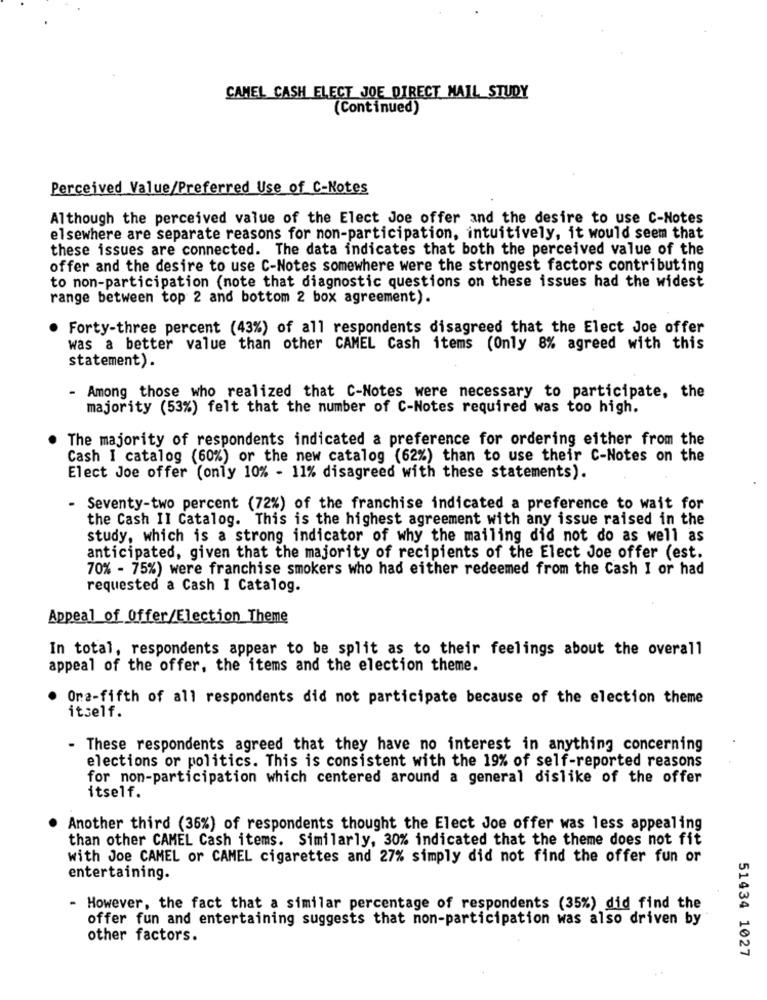
CAMEL CASH ELECT JOE DIRECT MAIL STUDY
(Continued)
Perceived Value/Preferred Use of C-Notes
Although the perceived value of the Elect Joe offer and the desire to use C-Notes
elsewhere are separate reasons for non-participation, intuitively, it would seem that
these issues are connected. The data indicates that both the perceived value of the
offer and the desire to use C-Notes somewhere were the strongest factors contributing
to non-participation (note that diagnostic questions on these issues had the widest
range between top 2 and bottom 2 box agreement).
Forty-three percent (43%) of all respondents disagreed that the Elect Joe offer
was a better value than other CAMEL Cash items (Only 8% agreed with this
statement).
- Among those who realized that C-Notes were necessary to participate, the
majority (53%) felt that the number of C-Notes required was too high.
The majority of respondents indicated a preference for ordering either from the
Cash I catalog (60%) or the new catalog (62%) than to use their C-Notes on the
Elect Joe offer (only 10% - 11% disagreed with these statements).
- Seventy-two percent (72%) of the franchise indicated a preference to wait for
the Cash II Catalog. This is the highest agreement with any issue raised in the
study, which is a strong indicator of why the mailing did not do as well as
anticipated, given that the majority of recipients of the Elect Joe offer (est.
70% - 75%) were franchise smokers who had either redeemed from the Cash I or had
requested a Cash I Catalog.
Appeal of Offer/Election Theme
In total, respondents appear to be split as to their feelings about the overall
appeal of the offer, the items and the election theme.
Ona-fifth of all respondents did not participate because of the election theme
itself.
- These respondents agreed that they have no interest in anything concerning
elections or politics. This is consistent with the 19% of self-reported reasons
for non-participation which centered around a general dislike of the offer
itself.
Another third (36%) of respondents thought the Elect Joe offer was less appealing
than other CAMEL Cash items. Similarly, 30% indicated that the theme does not fit
with Joe CAMEL or CAMEL cigarettes and 27% simply did not find the offer fun or
entertaining.
- However, the fact that a similar percentage of respondents (35%) did find the
offer fun and entertaining suggests that non-participation was also driven by
other factors.
51434 1027